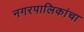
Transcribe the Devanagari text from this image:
नगरपालिकांचा